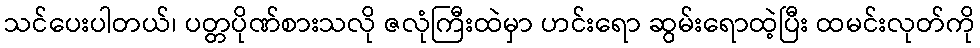
သင်ပေးပါတယ်၊ ပတ္တပိုဏ်စားသလို ဇလုံကြီးထဲမှာ ဟင်းရော ဆွမ်းရောထဲ့ပြီး ထမင်းလုတ်ကို